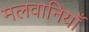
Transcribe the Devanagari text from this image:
मलवानियाँ